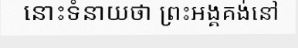
នោះទំនាយថា ព្រះអង្គគង់នៅ